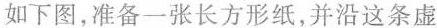
如下图，准备一张长方形纸，并沿这条虚